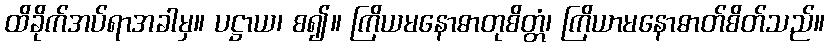
ထိခိုက်အပ်ရာအခါမှ။ ပဋ္ဌာယ၊ စ၍။ ကြိယမနောဓာတုစိတ္တံ၊ ကြိယာမနောဓာတ်စိတ်သည်။